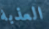
العذبة